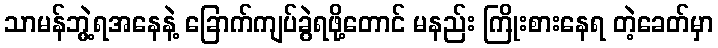
သာမန်ဘွဲ့ရအနေနဲ့ ခြောက်ကျပ်ခွဲရဖို့တောင် မနည်း ကြိုးစားနေရ တဲ့ခေတ်မှာ